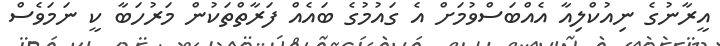
އީރާނުގެ ނިއުކްލިއާ އެއްބަސްވުމަށް އެ ގައުމުގެ ބައެެއް ފަރާތްތަކުން މަރުހަބާ ކީ ނަމަވެސް